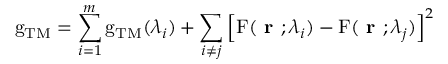
\mathrm { g } _ { \mathrm { T M } } = \sum _ { i = 1 } ^ { m } \mathrm { g } _ { \mathrm { T M } } ( \lambda _ { i } ) + \sum _ { i \ne j } \left[ \mathrm { F } ( \textbf { r } ; \lambda _ { i } ) - \mathrm { F } ( \textbf { r } ; \lambda _ { j } ) \right] ^ { 2 }